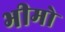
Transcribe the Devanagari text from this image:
भीमो